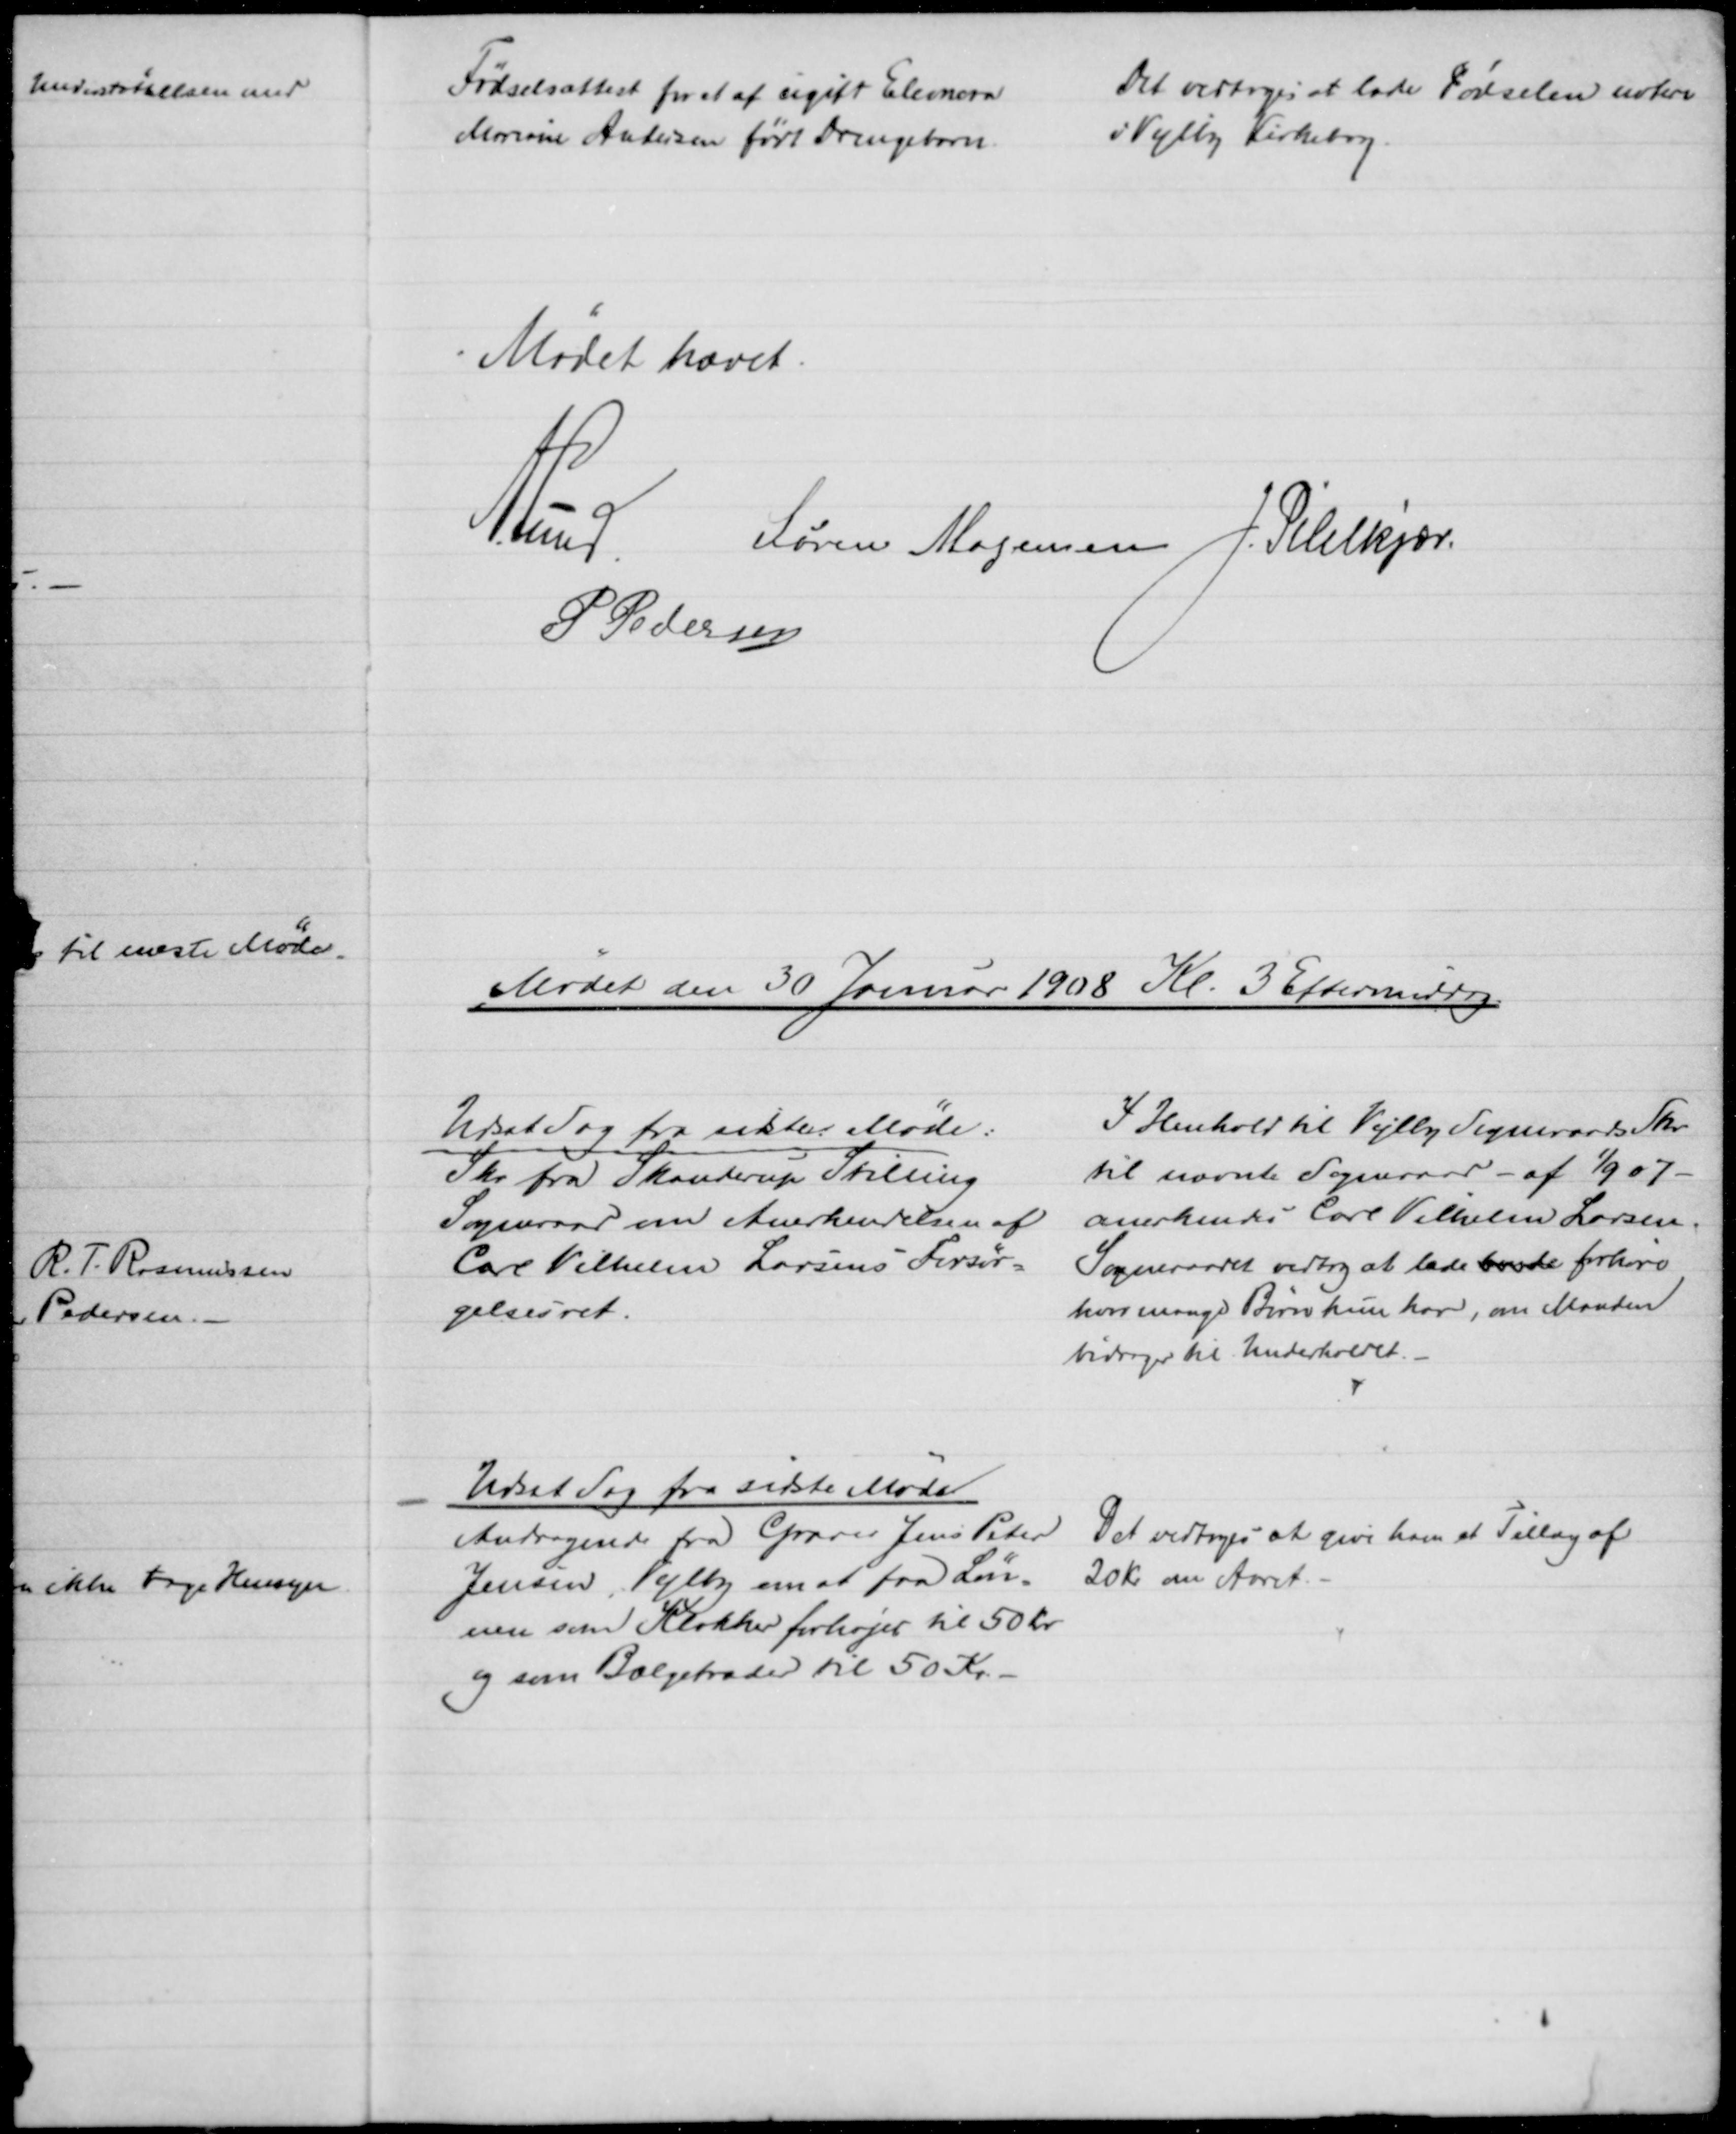
Transskription:
Fødselsattest for et af ugift Eleonora
Mariane Andersen født Drengebarn.
Det vedtoges at lade Fødselen notere
i Vejlby Kirkebog.
Mødet hævet.
A. Lund
Søren Mogensen J. Pihlkjær
P. Pedersen
Mødet den 30 Januar 1908 Kl. 3 Eftermiddag
Udsat Sag fra sidste Møde:
Skr. fra Skanderup Stilling
Sogneraad om Anerkendelsen af
Carl Vilhelm Larsens Forsør-
gelsesret.
I Henhold til Vejlby Sogneraads Skr.
til nævnte Sogneraad - af 1/9 07 -
anerkendes Carl Vilhelm Larsen.
Sogneraadet vedtog at lade havde forhøre
hvor mange Børn hun har, om Manden
bidrager til Underholdet.
Udsat Sag fra sidste Møde
Andragende fra Graver Jens Peter
Jensen, Vejlby om at faa Løn-
nen som Klokker forhøjet til 50 Kr
og som Bælgetræder til 50 Kr.
Det vedtoges at give ham et Tillæg af
20 Kr om Aaret.